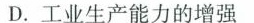
D.工业生产能力的增强